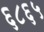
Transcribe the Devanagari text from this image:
६८६५